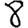
Digit: 8